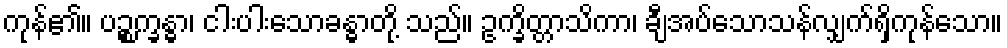
ကုန်၏။ ပဉ္စက္ခန္ဓာ၊ ငါးပါးသောခန္ဓာတို့ သည်။ ဥက္ခိတ္တာသိကာ၊ ချီအပ်သောသန်လျှက်ရှိကုန်သော။